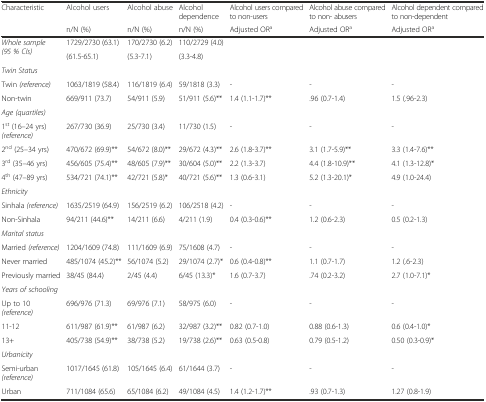
<table><thead><tr><td><b>Characteristic</b></td><td><b>Alcohol users</b></td><td><b>Alcohol abuse</b></td><td><b>Alcohol dependence</b></td><td><b>Alcohol users compared to non-users</b></td><td><b>Alcohol abuse compared to non- abusers</b></td><td><b>Alcohol dependent compared to non-dependent</b></td></tr><tr><td></td><td><b>n/N (%)</b></td><td><b>n/N (%)</b></td><td><b>n/N (%)</b></td><td><b>Adjusted OR<sup>a</sup></b></td><td><b>Adjusted OR<sup>a</sup></b></td><td><b>Adjusted OR<sup>a</sup></b></td></tr></thead><tbody><tr><td rowspan="2"><i>Whole sample (95 % CIs)</i></td><td>1729/2730 (63.1)</td><td>170/2730 (6.2)</td><td>110/2729 (4.0)</td><td rowspan="2"></td><td rowspan="2"></td><td rowspan="2"></td></tr><tr><td>(61.5-65.1)</td><td>(5.3-7.1)</td><td>(3.3-4.8)</td></tr><tr><td><i>Twin Status</i></td><td></td><td></td><td></td><td></td><td></td><td></td></tr><tr><td>Twin <i>(reference)</i></td><td>1063/1819 (58.4)</td><td>116/1819 (6.4)</td><td>59/1818 (3.3)</td><td>-</td><td>-</td><td>-</td></tr><tr><td>Non-twin</td><td>669/911 (73.7)</td><td>54/911 (5.9)</td><td>51/911 (5.6)**</td><td>1.4 (1.1-1.7)**</td><td>.96 (0.7-1.4)</td><td>1.5 (.96-2.3)</td></tr><tr><td><i>Age (quartiles)</i></td><td></td><td></td><td></td><td></td><td></td><td></td></tr><tr><td>1<sup>st</sup> (16–24 yrs) <i>(reference)</i></td><td>267/730 (36.9)</td><td>25/730 (3.4)</td><td>11/730 (1.5)</td><td>-</td><td>-</td><td>-</td></tr><tr><td>2<sup>nd</sup> (25–34 yrs)</td><td>470/672 (69.9)**</td><td>54/672 (8.0)**</td><td>29/672 (4.3)**</td><td>2.6 (1.8-3.7)**</td><td>3.1 (1.7-5.9)**</td><td>3.3 (1.4-7.6)**</td></tr><tr><td>3<sup>rd</sup> (35–46 yrs)</td><td>456/605 (75.4)**</td><td>48/605 (7.9)**</td><td>30/604 (5.0)**</td><td>2.2 (1.3-3.7)</td><td>4.4 (1.8-10.9)**</td><td>4.1 (1.3-12.8)*</td></tr><tr><td>4<sup>th</sup> (47–89 yrs)</td><td>534/721 (74.1)**</td><td>42/721 (5.8)*</td><td>40/721 (5.6)**</td><td>1.3 (0.6-3.1)</td><td>5.2 (1.3-20.1)*</td><td>4.9 (1.0-24.4)</td></tr><tr><td><i>Ethnicity</i></td><td></td><td></td><td></td><td></td><td></td><td></td></tr><tr><td>Sinhala <i>(reference)</i></td><td>1635/2519 (64.9)</td><td>156/2519 (6.2)</td><td>106/2518 (4.2)</td><td>-</td><td>-</td><td>-</td></tr><tr><td>Non-Sinhala</td><td>94/211 (44.6)**</td><td>14/211 (6.6)</td><td>4/211 (1.9)</td><td>0.4 (0.3-0.6)**</td><td>1.2 (0.6-2.3)</td><td>0.5 (0.2-1.3)</td></tr><tr><td><i>Marital status</i></td><td></td><td></td><td></td><td></td><td></td><td></td></tr><tr><td>Married <i>(reference)</i></td><td>1204/1609 (74.8)</td><td>111/1609 (6.9)</td><td>75/1608 (4.7)</td><td>-</td><td>-</td><td>-</td></tr><tr><td>Never married</td><td>485/1074 (45.2)**</td><td>56/1074 (5.2)</td><td>29/1074 (2.7)*</td><td>0.6 (0.4-0.8)**</td><td>1.1 (0.7-1.7)</td><td>1.2 (.6-2.3)</td></tr><tr><td>Previously married</td><td>38/45 (84.4)</td><td>2/45 (4.4)</td><td>6/45 (13.3)*</td><td>1.6 (0.7-3.7)</td><td>.74 (0.2-3.2)</td><td>2.7 (1.0-7.1)*</td></tr><tr><td><i>Years of schooling</i></td><td></td><td></td><td></td><td></td><td></td><td></td></tr><tr><td>Up to 10 <i>(reference)</i></td><td>696/976 (71.3)</td><td>69/976 (7.1)</td><td>58/975 (6.0)</td><td>-</td><td>-</td><td>-</td></tr><tr><td>11-12</td><td>611/987 (61.9)**</td><td>61/987 (6.2)</td><td>32/987 (3.2)**</td><td>0.82 (0.7-1.0)</td><td>0.88 (0.6-1.3)</td><td>0.6 (0.4-1.0)*</td></tr><tr><td>13+</td><td>405/738 (54.9)**</td><td>38/738 (5.2)</td><td>19/738 (2.6)**</td><td>0.63 (0.5-0.8)</td><td>0.79 (0.5-1.2)</td><td>0.50 (0.3-0.9)*</td></tr><tr><td><i>Urbanicity</i></td><td></td><td></td><td></td><td></td><td></td><td></td></tr><tr><td>Semi-urban <i>(reference)</i></td><td>1017/1645 (61.8)</td><td>105/1645 (6.4)</td><td>61/1644 (3.7)</td><td>-</td><td>-</td><td>-</td></tr><tr><td>Urban</td><td>711/1084 (65.6)</td><td>65/1084 (6.2)</td><td>49/1084 (4.5)</td><td>1.4 (1.2-1.7)**</td><td>.93 (0.7-1.3)</td><td>1.27 (0.8-1.9)</td></tr></tbody></table>